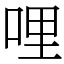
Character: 哩